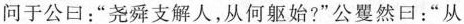
问于公口：”尧舜支解人，从何躯始？”公矍然口：”从